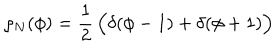
\rho _ { N } ( \phi ) = { \frac { 1 } { 2 } } \, \Bigl ( \delta ( \phi - 1 ) + \delta ( \phi + 1 ) \Bigr )